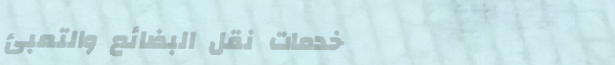
خدمات نقل البضائع والتعبئ